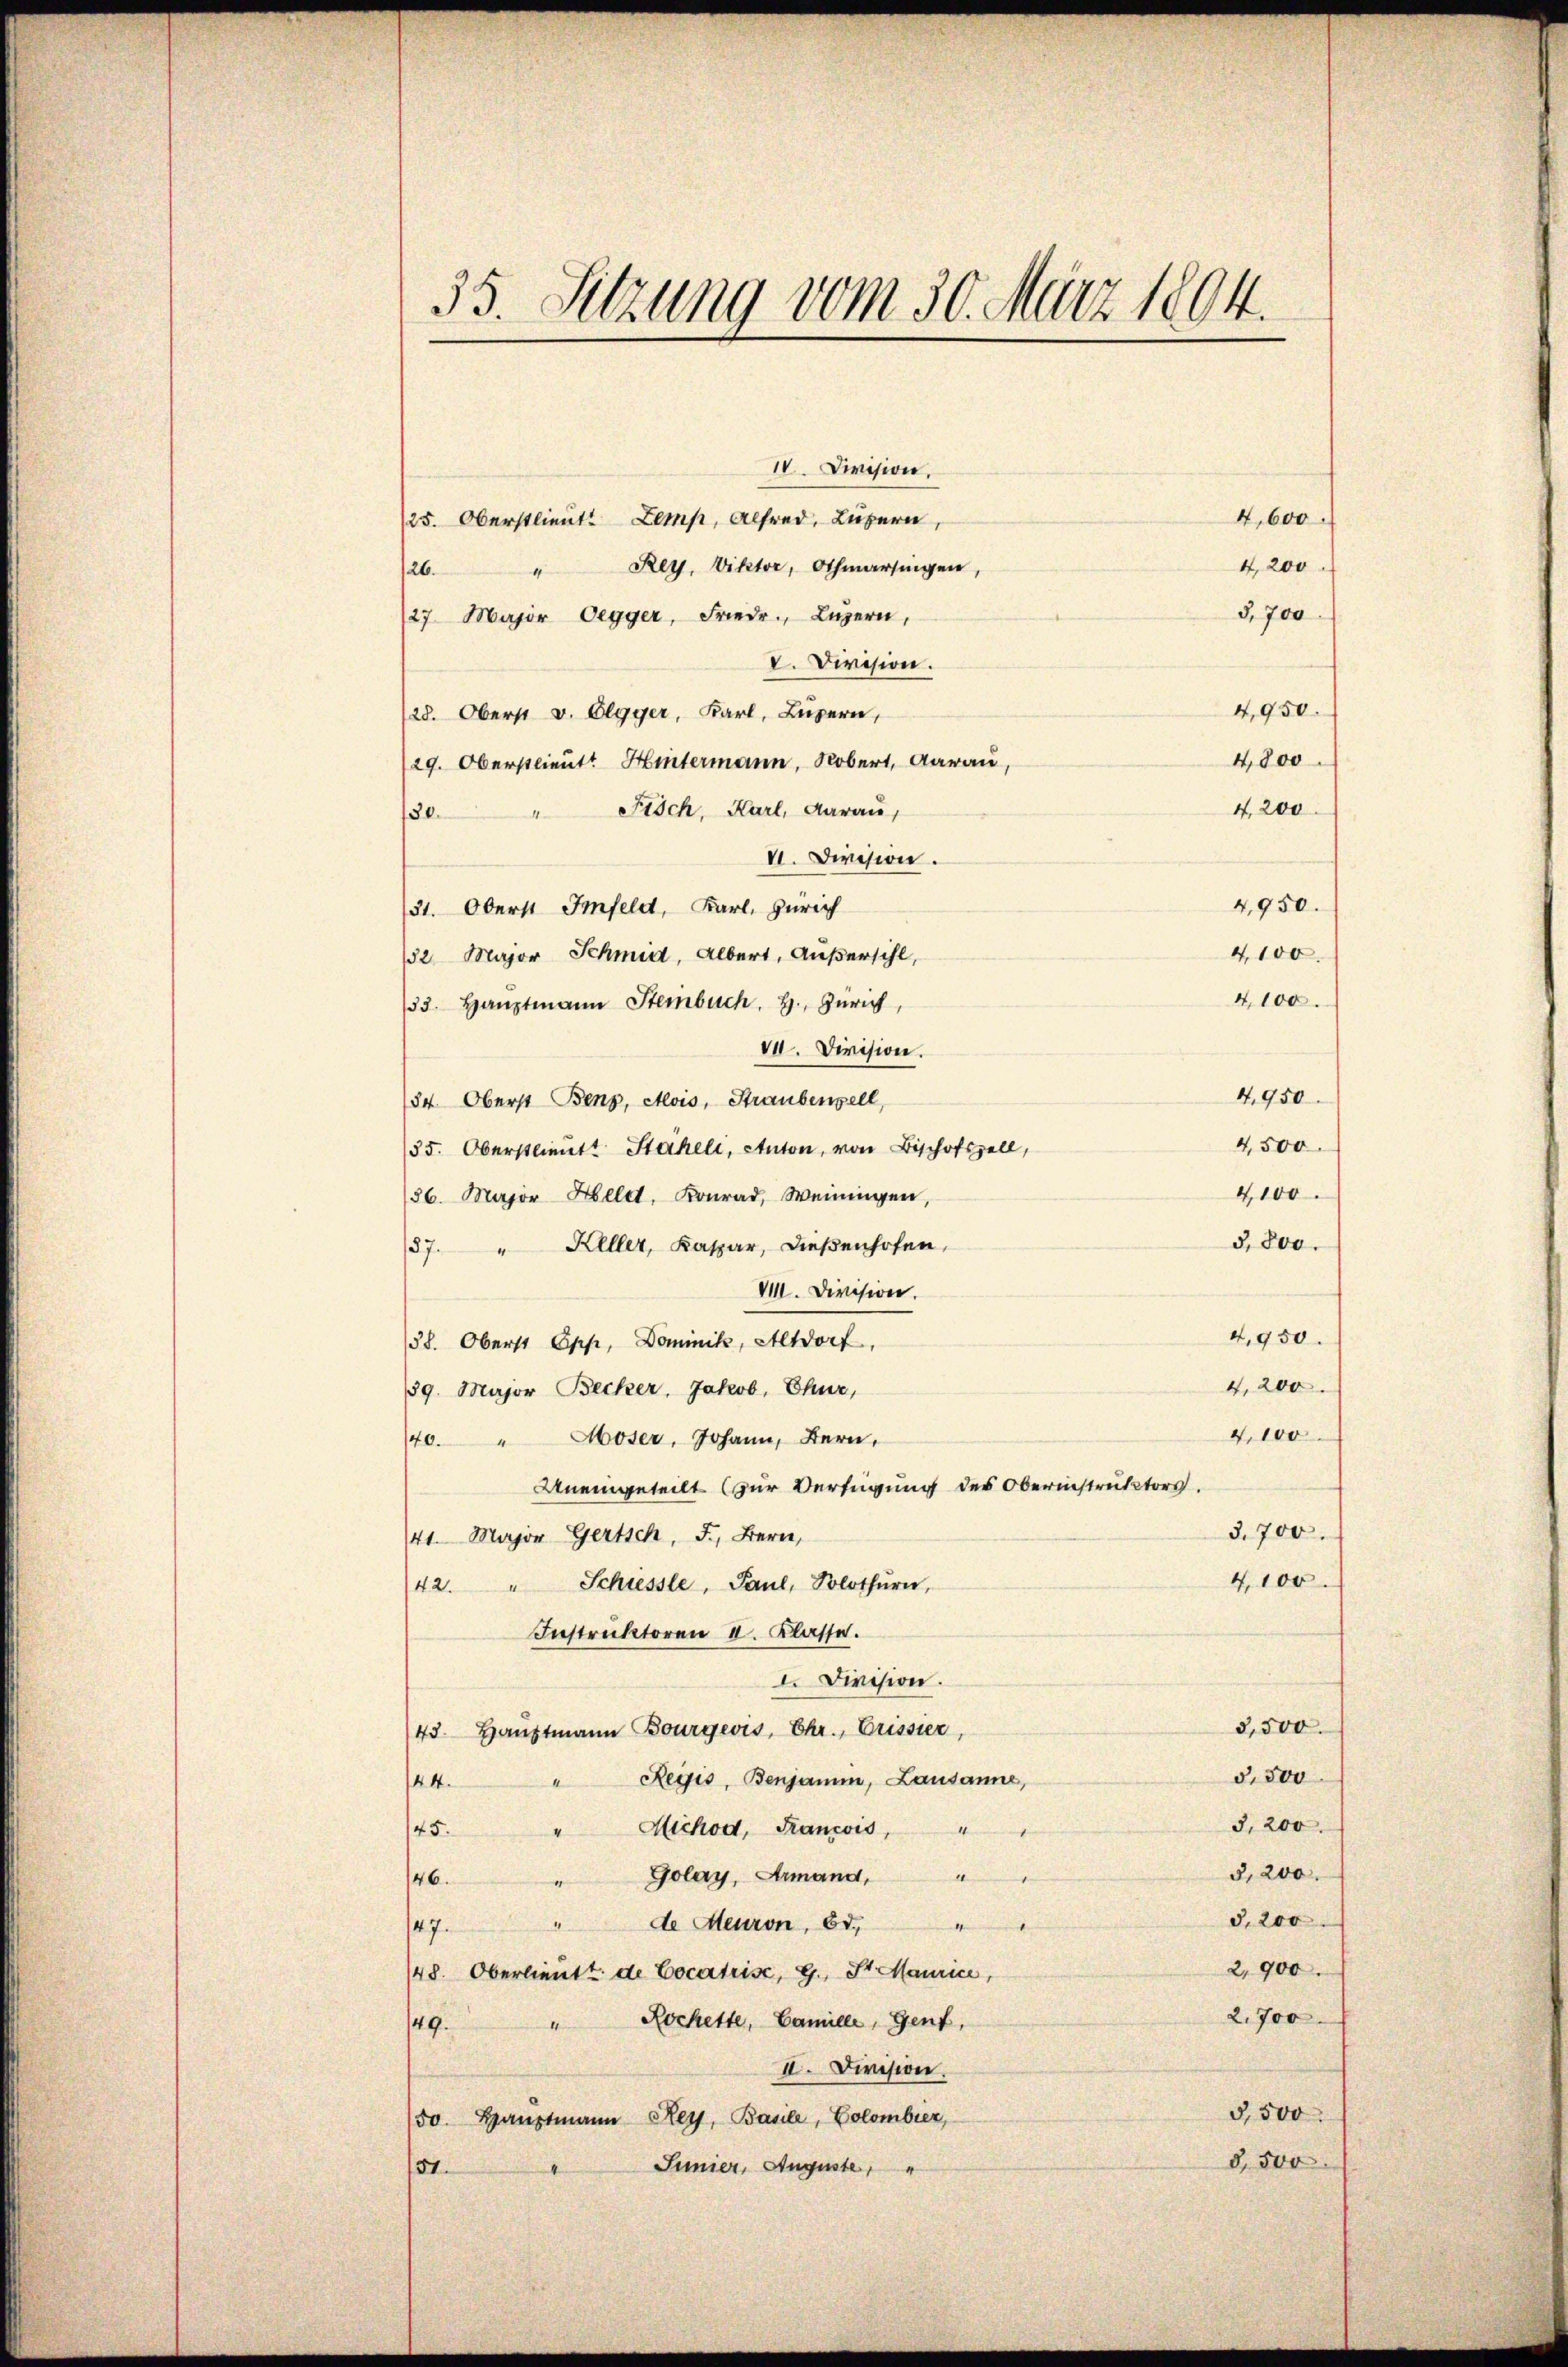
35. Sitzung vom 30. März 1804.

IV. Division.
4,600.
/25. Oberstlieut. Lemp, Alfred, Luzern,
4,200
" Rey. Viktor, Othmarsingen,
126.
3,700
27. Major Oegger, Friedr. Luzern,
V. Division.
4,950.
/28. Oberst v. Elgger, Karl, Luzern,
4,000
29. Oberstlieut. Hintermann, Robert, darau,
4,200
/30. " Fisch, Karl, darau,
VI. Division.
4,950.
31. Oberst Imfeld, Karl, Zürich
4,100.
132. Major Schmid, Albert, Außersihl,
4,100
33. Haŭptmann Steinbuch. H. Zürich,
VI. Division.
4,950
84. Oberst Benz, Alois, Straubenzell,
4,500.
35. Oberstlieutt Stäheli, Anton, von Bischofszell,
4100.
36. Major Held, Konrad, Weiningen,
3,800.
57. " Keller, Kaspar, dießenhofen,
VIII. Division.
4,950.
/38. Oberst Opp, Dominik, Altdorf,
4,200
89. Major Becker, Jakob, Chur,
4,100
140. " Moser, Johann, Bern,
Uneingeteilt (zur Verfügung des Oberinstruktors.
3,700.
141. Major Gertsch, F., Bern,
4,100
42. " Schiesste, Paul, Solothurn,
Instruktoren II. Klasse.
I. Division.
3,500.
43. Haŭptmann Bourgeois, Ehr., Crissier,
3,500
Reixis, Benjamin, Lausanne,
44.
3,200.
" Michod, Francois,
145.
5,200.
Golay, Armand,
146.
§. 200
de Meuron, Bd.
A
147.
2,900.
148. Oberlieutt de Cocatrise, G., St. Maurice,
2.700
" Rochette, Camille, Genf,
49.
II. Division.
5,500
50. Hauptmann Rey, Basile, Colombier,
5,500
Junier, Auguste,
51.